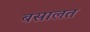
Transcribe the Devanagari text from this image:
बसालत